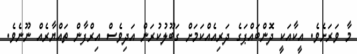
މާ ވަރަށެވެ. އީކާއަކީ ދޮންބައްޕަގެ ދަރިއެއްކަމަށް ގަބޫލުކުރަން އަދިވެސް އިރްފާން ތައްޔާރެއް ނޫނެވެ.